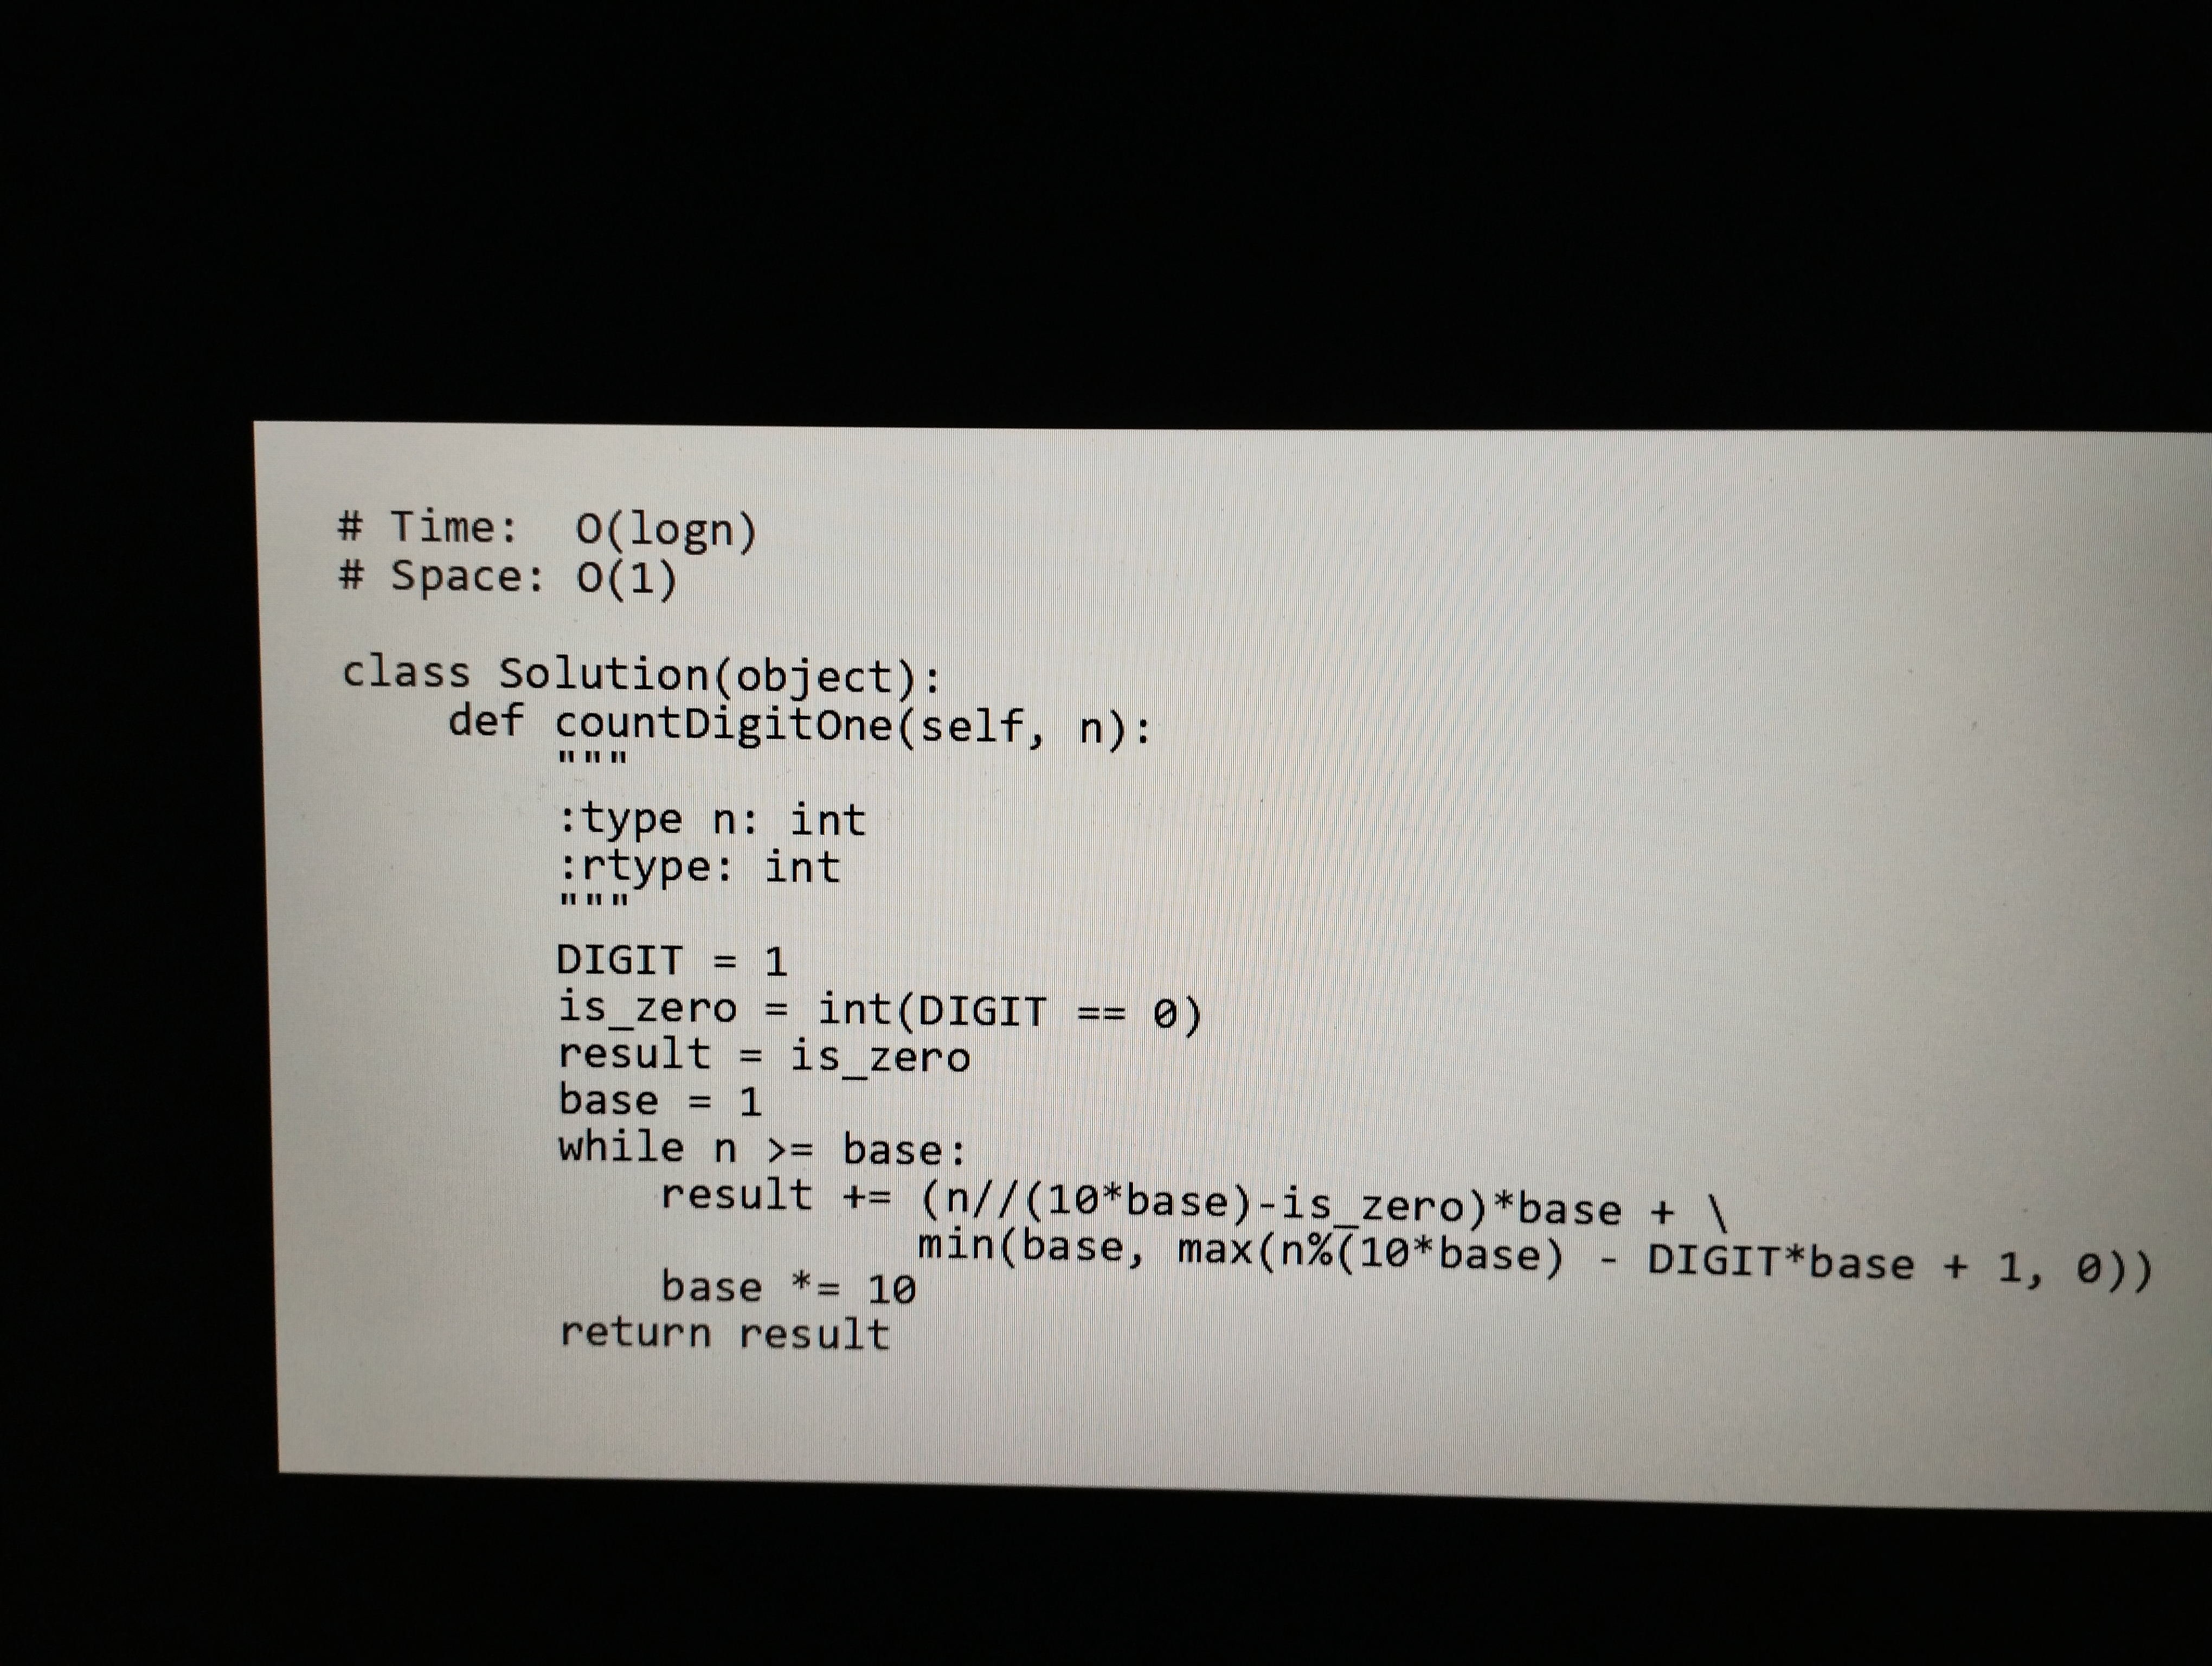
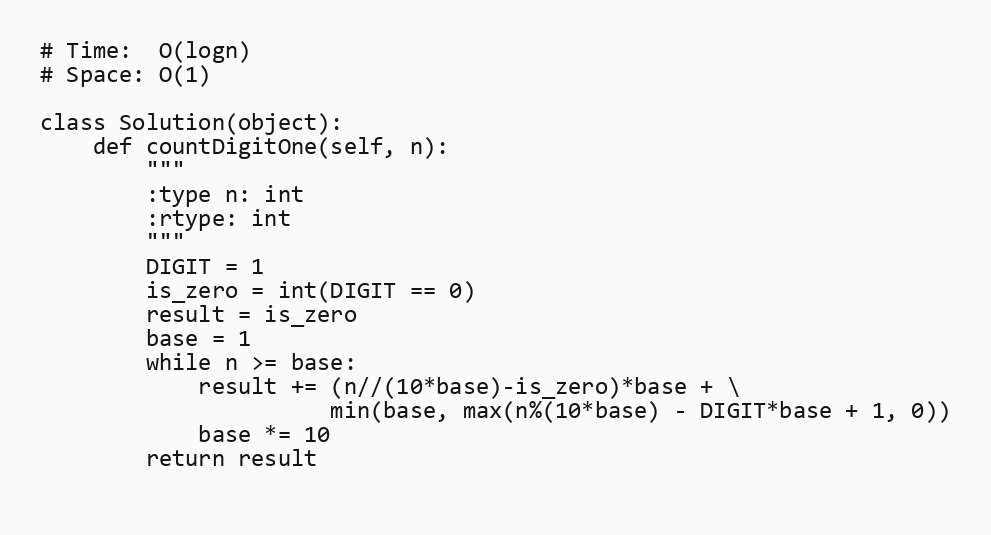
# Time:  O(logn)
# Space: O(1)

class Solution(object):
    def countDigitOne(self, n):
        """
        :type n: int
        :rtype: int
        """
        DIGIT = 1
        is_zero = int(DIGIT == 0)
        result = is_zero
        base = 1
        while n >= base:
            result += (n//(10*base)-is_zero)*base + \
                      min(base, max(n%(10*base) - DIGIT*base + 1, 0))
            base *= 10
        return result